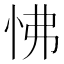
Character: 怫